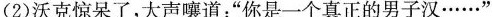
(2)沃克惊呆了，大声嚷道：”你是一个真正的男子汉……”